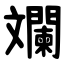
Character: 斕